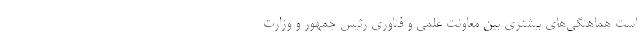
است هماهنگی‌های بیشتری بین معاونت علمی و فناوری رئیس جمهور و وزارت